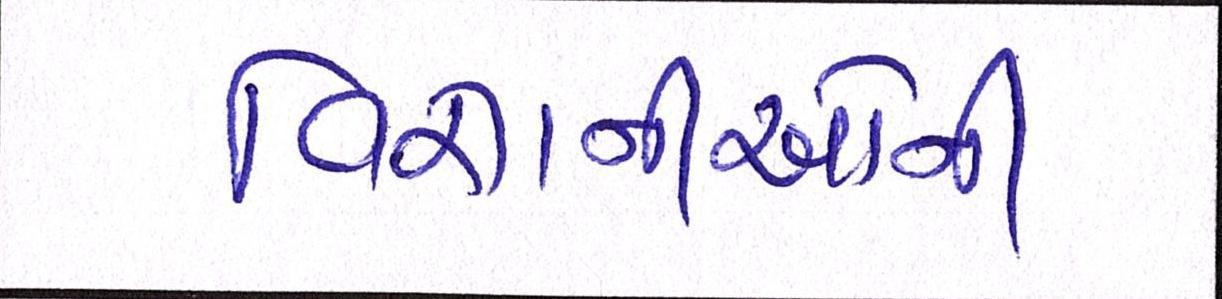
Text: વિજ્ઞાનીઓની